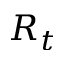
R _ { t }